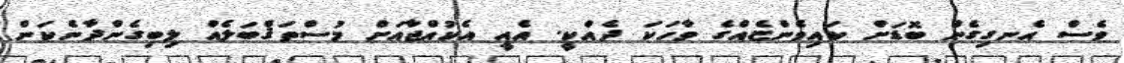
ވެސް އެނގިގެން ބޮޑަށް ކައިވެންޏެއްގެ ވާހަކަ ދެއްކީ. އެއީ އެކުއްޖާއަށް މުސްތަޤްބަލެއް ލިބިގެންދާނެކަން